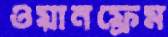
ওয়ানফ্রেম